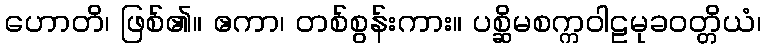
ဟောတိ၊ ဖြစ်၏။ ဧကာ၊ တစ်စွန်းကား။ ပစ္ဆိမစက္ကဝါဠမုခဝတ္တိယံ၊